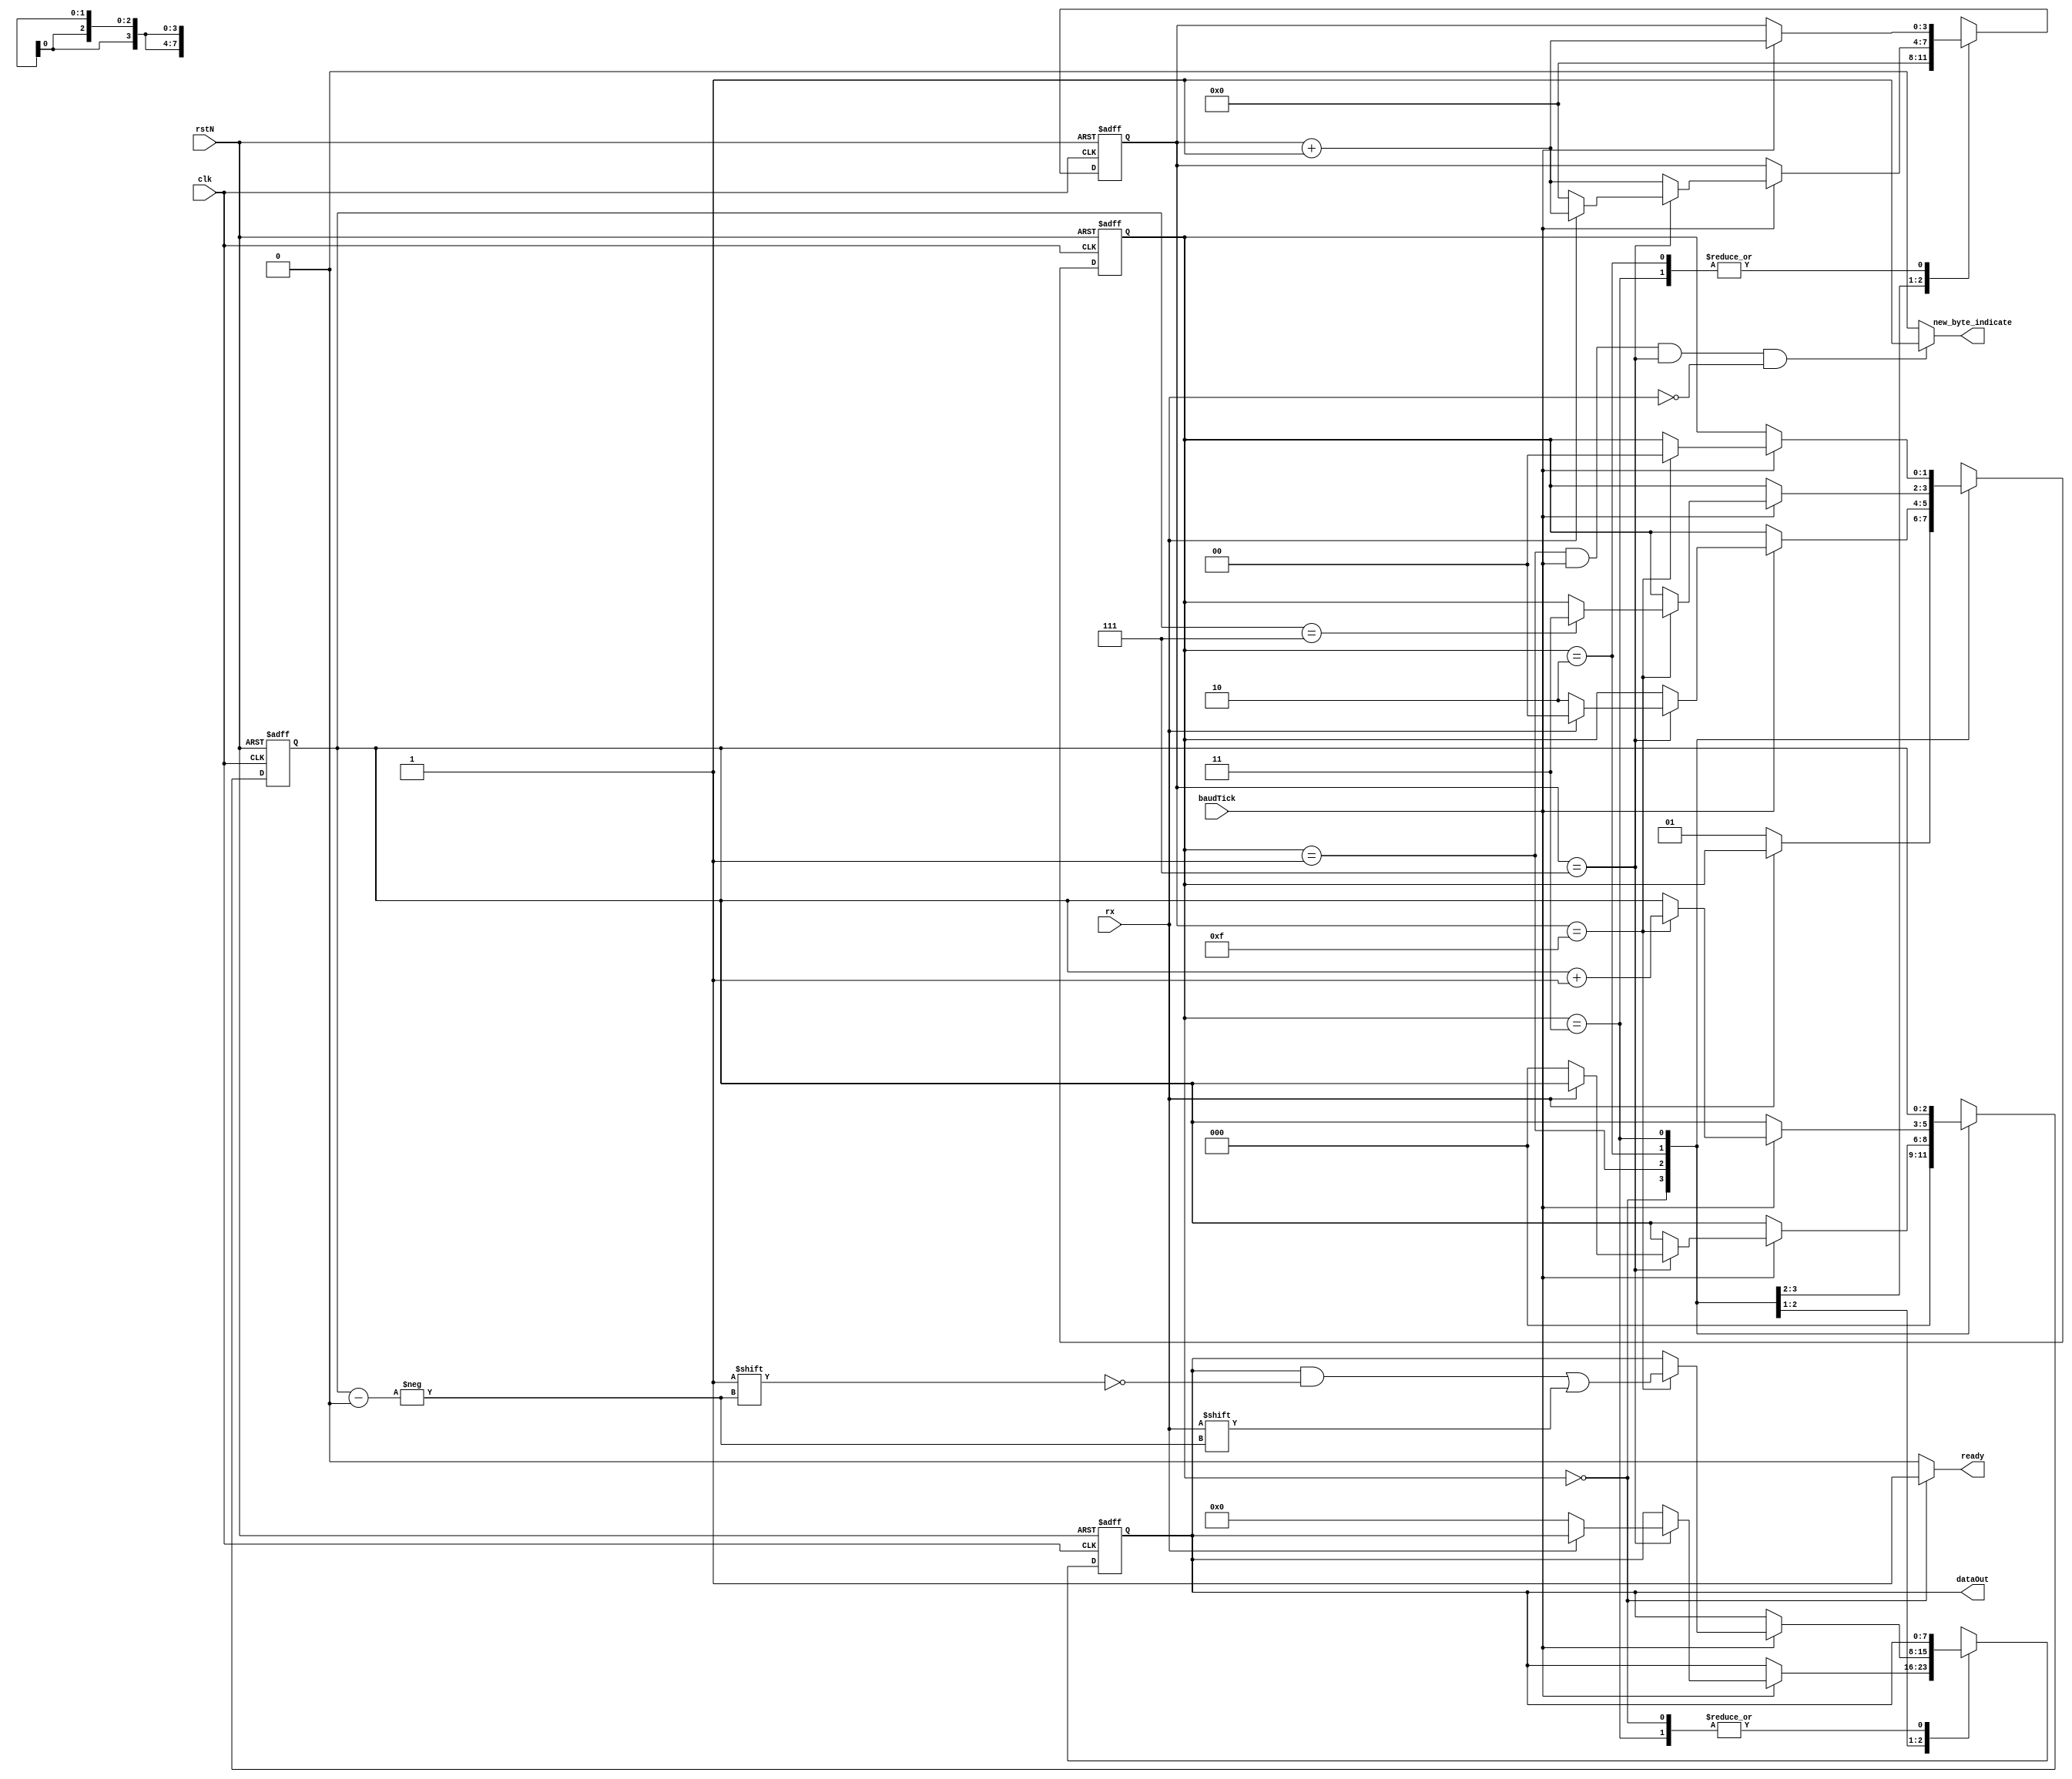
module uart_receiver 
#(
    parameter DATA_WIDTH = 8
)
(
    input rx, clk, rstN, baudTick,
    output ready, 
    output [DATA_WIDTH-1:0]dataOut,
    output new_byte_indicate
);

localparam [1:0]
            idle = 2'b0,
            start = 2'b1,
            data = 2'd2,
            stop = 2'd3;

reg [1:0]currentState, nextState;
reg [2:0]currentCount,nextCount;
reg [3:0]currentTick, nextTick;
reg [DATA_WIDTH-1:0]currentData, nextData;

always @(posedge clk or negedge rstN) begin
    if(~rstN) begin
        currentState <= idle;
        currentCount <= 3'b0;
        currentTick <= 4'b0;
        currentData <= 0;
    end
    else begin
        currentState <= nextState;
        currentCount <= nextCount;
        currentTick <= nextTick;
        currentData <= nextData;
    end
end

always @(*) begin
    nextState = currentState;
    nextCount = currentCount;
    nextTick = currentTick;
    nextData = currentData;

    case (currentState )
        idle: begin
            nextTick = 4'b0;
            nextCount = 3'b0;
            if (rx == 1'b0) begin
                nextState = start;
            end
        end

        start: begin
           if (baudTick) begin
               nextTick = currentTick + 4'b1;
               if (currentTick == 4'd7) begin
                   if (~rx) begin
                        nextState = data;
                        nextCount = 3'b0;
                        nextTick = 4'b0;
                        nextData = 8'b0;
                   end
                   else begin
                       nextState = idle;

                   end
                   
               end
           end 
        end

        data: begin
            if (baudTick) begin
                nextTick = currentTick + 4'b1;
                if (currentTick == 4'd15) begin
                    nextData[currentCount] = rx;
                    nextCount = currentCount + 3'b1;
                    if (currentCount == 3'd7) begin
                        // nextTick = 4'b0;  //////////////////////////
                        nextState = stop;
                    end
                end
            end
        end

        stop: begin
            if (baudTick) begin
                nextTick = currentTick + 4'b1;
                if (currentTick == 4'd15) begin
                    nextState = idle;
                end
            end
        end

    endcase
end

assign dataOut = currentData;
assign ready = (currentState == idle)? 1'b1: 1'b0;
assign new_byte_indicate = ((currentState == start) && (baudTick) && (currentTick == 4'd7) && (~rx))? 1'b1:1'b0; //start of new data byte

endmodule //uart_receiver